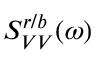
S _ { V V } ^ { r / b } ( \omega )